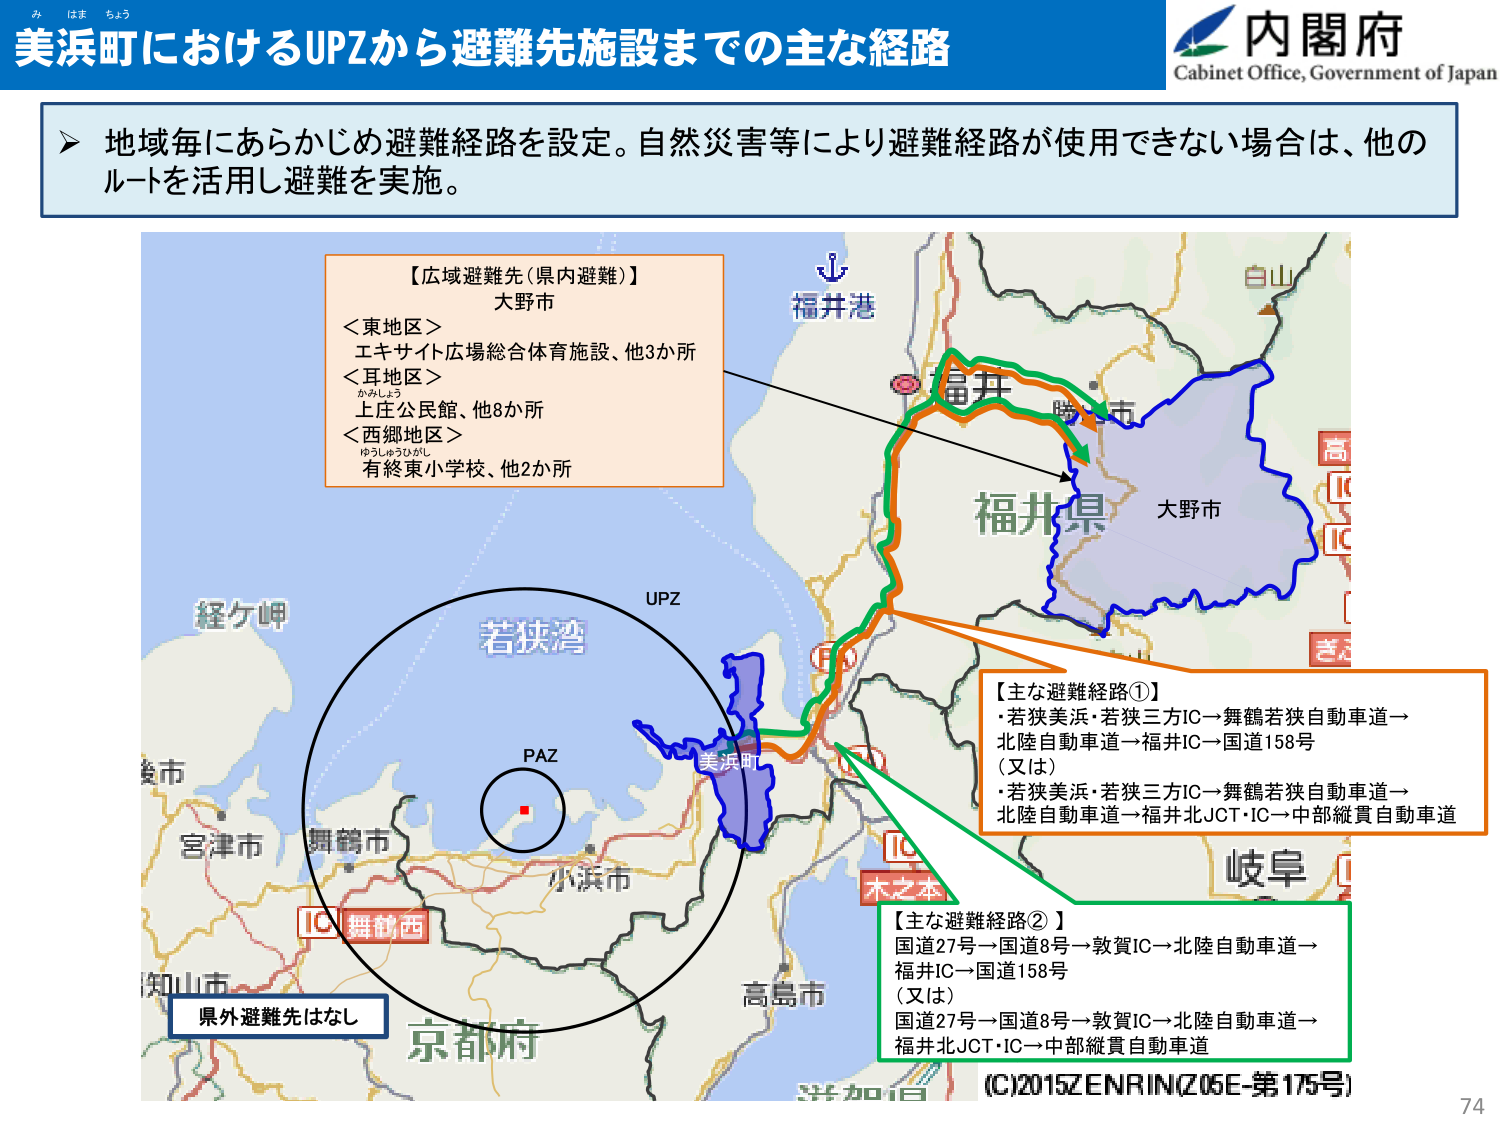
み はま ちょう
美浜町におけるUPZから避難先施設までの主な経路
内閣府
Cabinet Office, Government of Japan

▶ 地域毎にあらかじめ避難経路を設定。自然災害等により避難経路が使用できない場合は、他のルートを活用し避難を実施。

【広域避難先（県内避難）】
大野市
＜東地区＞
エキサイト広場総合体育施設、他3か所
＜耳地区＞
かみしょう
上庄公民館、他8か所
＜西郷地区＞
ゆうしゅうひがし
有終東小学校、他2か所

福井港
白山
福井県
大野市
高
IC
IC
き
経ヶ岬
UPZ
若狭湾
PAZ
美浜町
舞鶴市
小浜市
IC 舞鶴西
宮津市
知山市
京都市
高島市
木之本
岐阜
【主な避難経路①】
・若狭美浜・若狭三方IC→舞鶴若狭自動車道→
北陸自動車道→福井IC→国道158号
（又は）
・若狭美浜・若狭三方IC→舞鶴若狭自動車道→
北陸自動車道→福井北JCT・IC→中部縦貫自動車道

【主な避難経路②】
国道27号→国道8号→敦賀IC→北陸自動車道→
福井IC→国道158号
（又は）
国道27号→国道8号→敦賀IC→北陸自動車道→
福井北JCT・IC→中部縦貫自動車道

県外避難先はなし

(C)2015ZENRIN(Z05E-第175号)
74